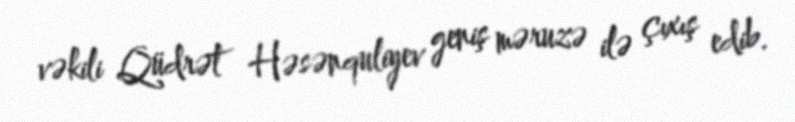
vəkili Qüdrət Həsənquliyev geniş məruzə ilə çıxış edib.